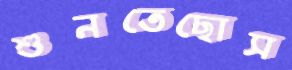
শুনতেছোস